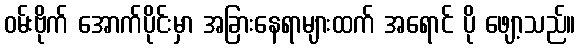
ဝမ်းဗိုက် အောက်ပိုင်းမှာ အခြားနေရာများထက် အရောင် ပို ဖျော့သည်။